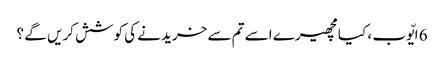
6 ایّوب ، کیا مچھیرے اسے تم سے خریدنے کی کوشش کریں گے ؟